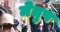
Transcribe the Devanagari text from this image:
मेेतुप